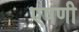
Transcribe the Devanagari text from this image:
एषणी